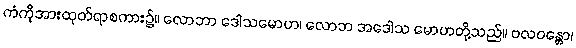
ကံကိုအားထုတ်ရာစကား၌။ လောဘာ ဒေါသမောဟ၊ လောဘ အဒေါသ မောဟတို့သည်။ ဗလဝန္တော၊